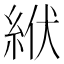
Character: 絥